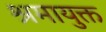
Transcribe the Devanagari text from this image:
श्रमायुक्त